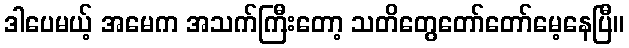
ဒါပေမယ့် အမေက အသက်ကြီးတော့ သတိတွေတော်တော်မေ့နေပြီ။